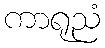
ကာရုညံ